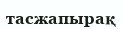
тасжапырақ